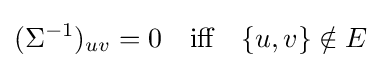
(\Sigma ^{-1})_{uv}=0\quad {\text{iff}}\quad \{u,v\}\notin E